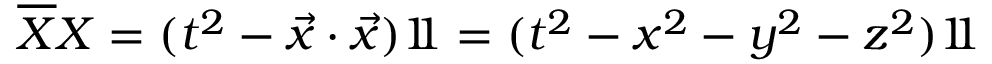
{ \overline { { X } } } X = ( t ^ { 2 } - { \vec { x } } \cdot { \vec { x } } ) 1 \! \! 1 = ( t ^ { 2 } - x ^ { 2 } - y ^ { 2 } - z ^ { 2 } ) 1 \! \! 1